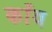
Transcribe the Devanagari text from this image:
काँव